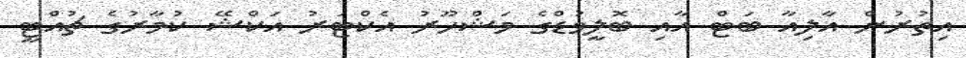
އިތުރުން އާލިއާ ބަޓް އާއި ބޮލީވުޑްގެ މަޝްހޫރު އެކްޓަރު އަކްޝޭ ކުމާރުގެ ޗުއްޓީ